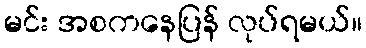
မင်း အစကနေပြန် လုပ်ရမယ်။